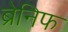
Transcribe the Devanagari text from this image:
ब्रेनिफ